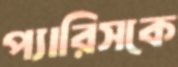
প্যারিসকে